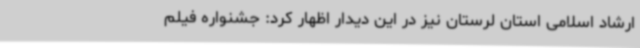
ارشاد اسلامی استان لرستان نیز در این دیدار اظهار کرد: جشنواره فیلم